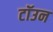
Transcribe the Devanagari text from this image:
टॉउन